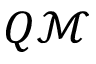
Q \mathcal M